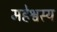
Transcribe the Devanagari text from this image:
महेश्वस्य